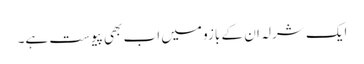
ایک شرلہ ان کے بازو میں اب بھی پیوست ہے۔